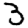
Digit: 3